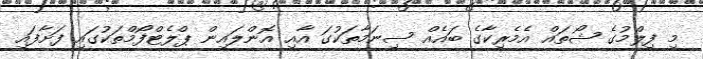
މި ފިލްމުގެ ޝޯތައް އެމެރިކާގެ ބައެއް ސިނަމާތަކުގަ އާއި އޮންލައިން ޕްލެޓްފޯމްތަކުގައި ފަށާފައި